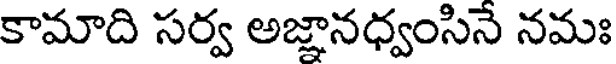
కామాది సర్వ అజ్ఞానధ్వంసినే నమః